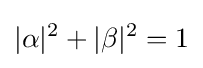
|\alpha |^{2}+|\beta |^{2}=1